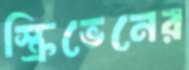
স্ক্রিভেনের